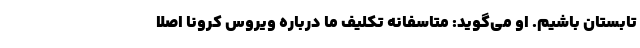
تابستان باشیم. او می‌گوید: متاسفانه تکلیف ما درباره ویروس کرونا اصلا